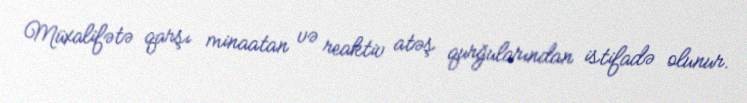
Müxalifətə qarşı minaatan və reaktiv atəş qurğularından istifadə olunur.